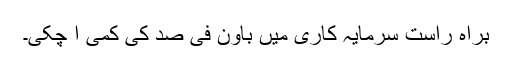
براہ راست سرمایہ کاری میں باون فی صد کی کمی آ چکی۔